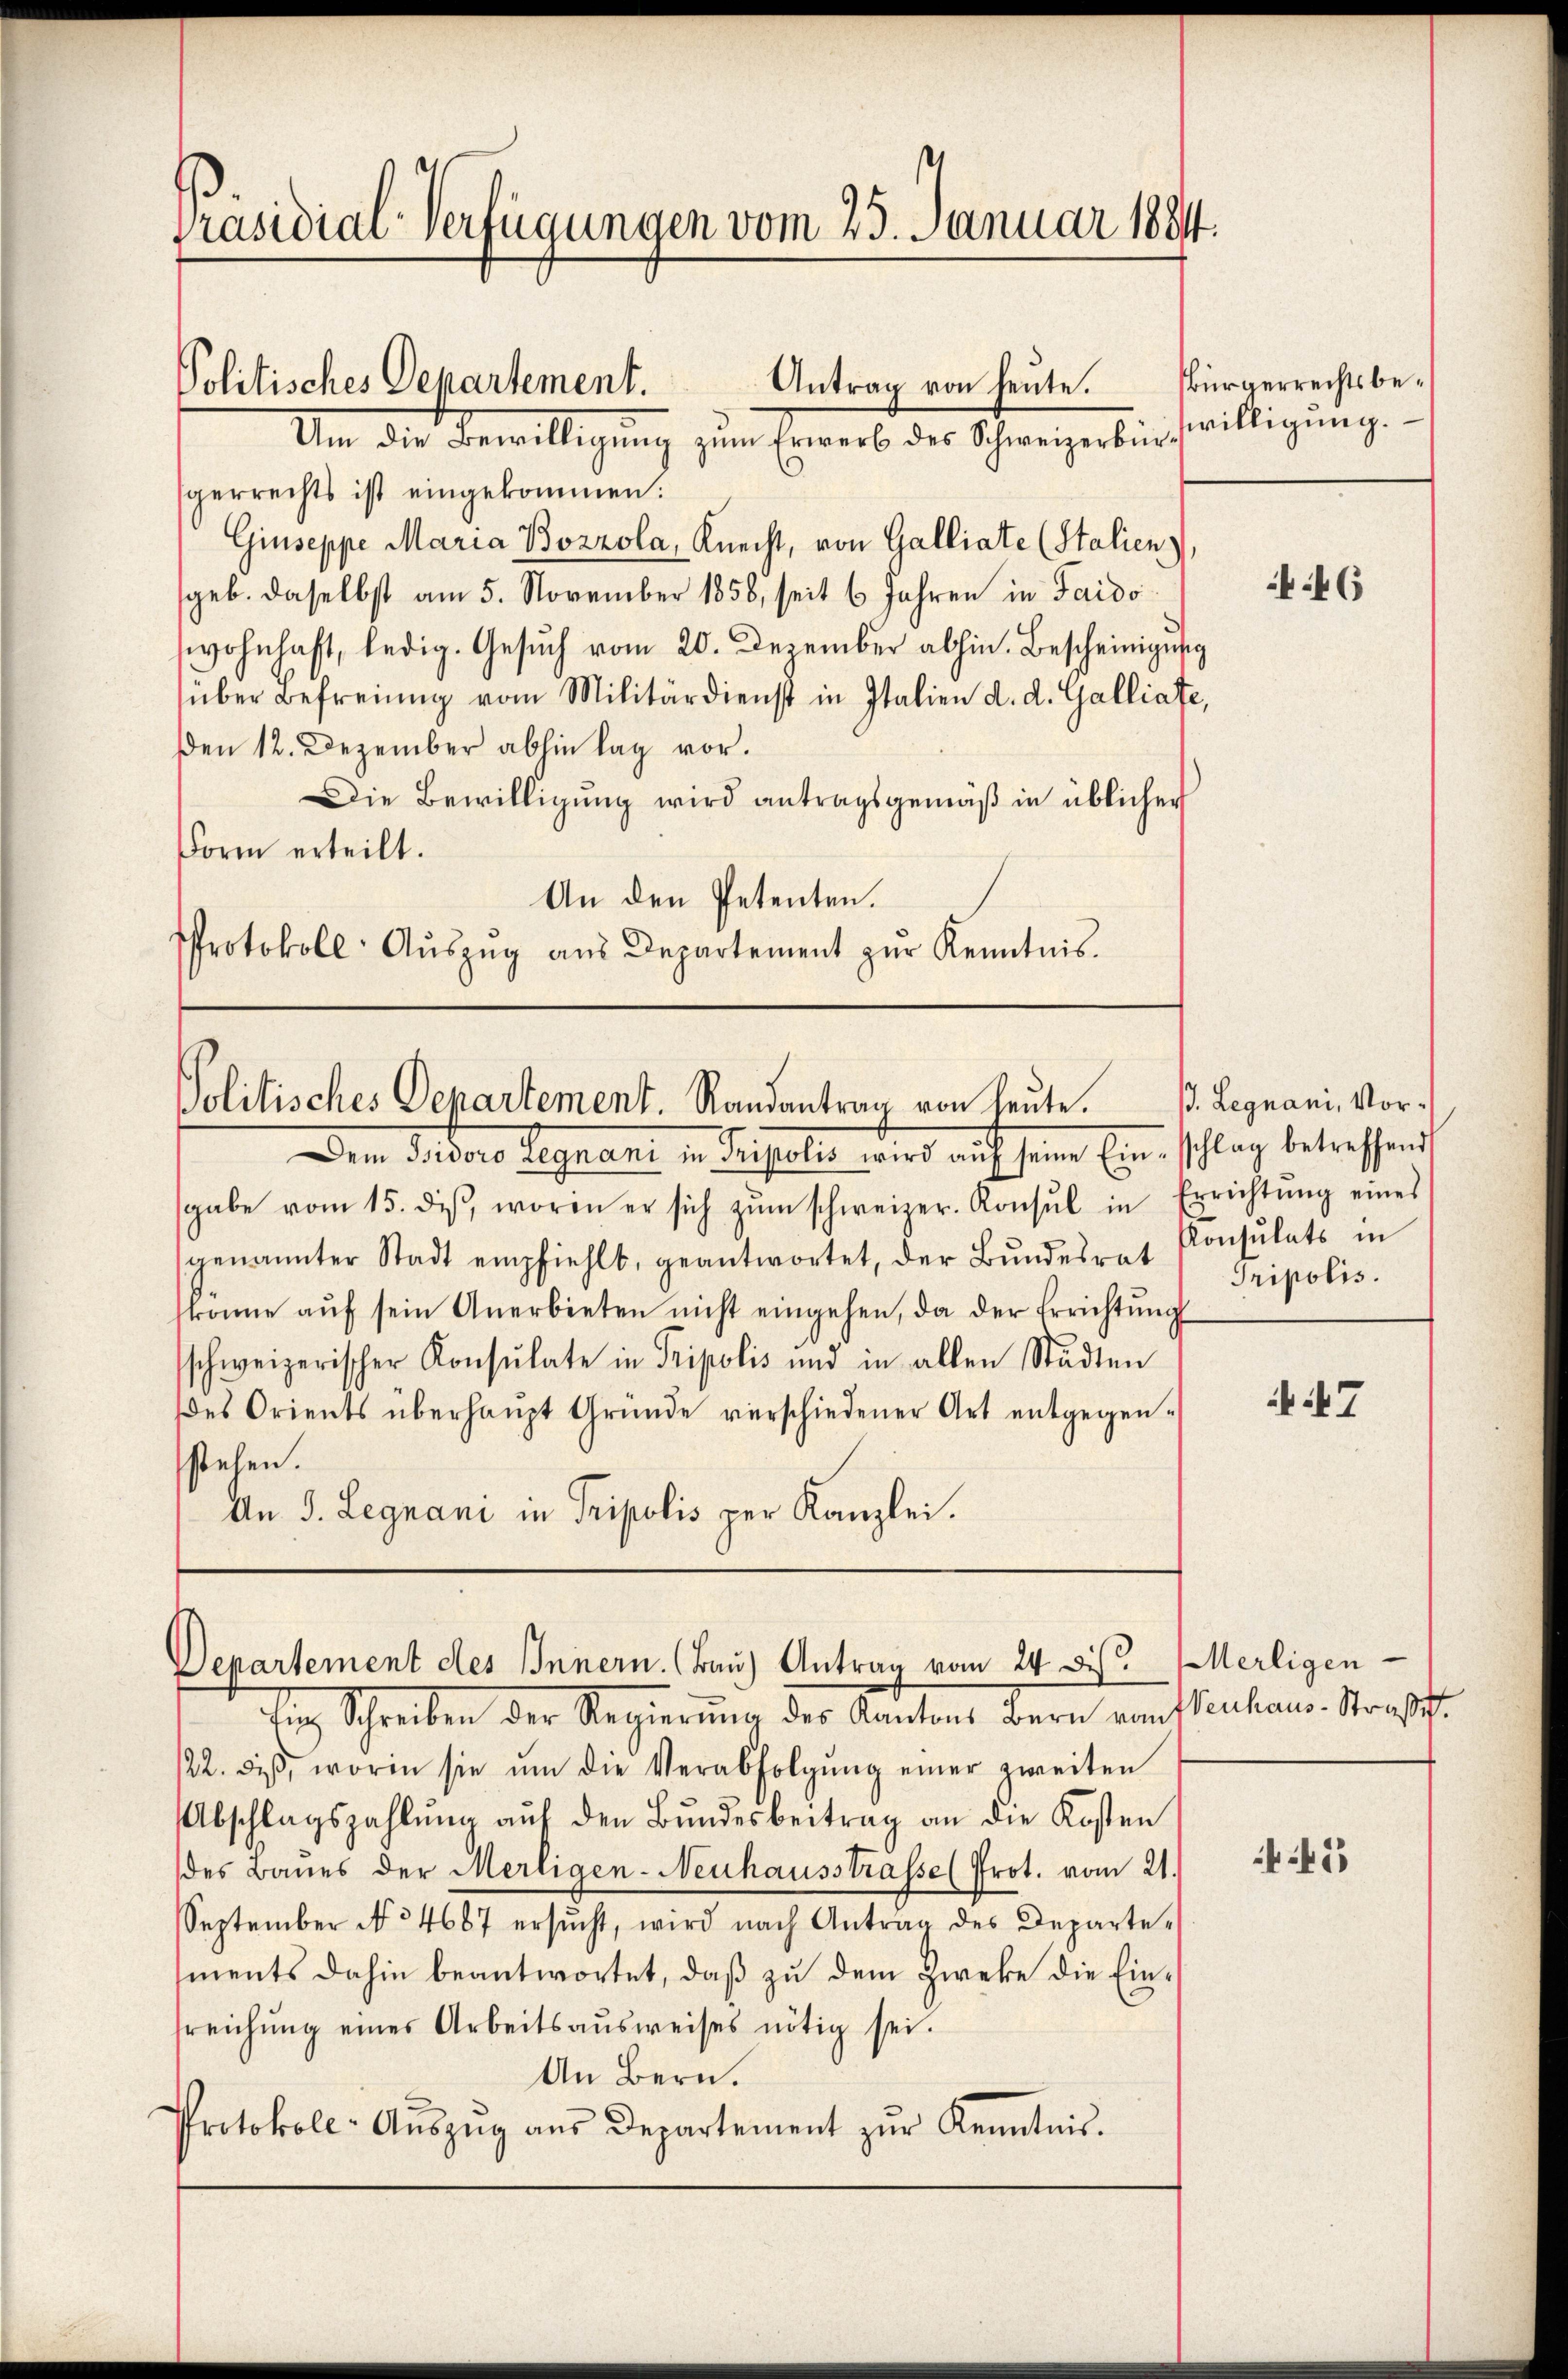
Präsidial-Verfügungen vom 25. Januar 18844.

Politisches Departement.
Antrag von heute.

Um die Bewilligŭng zum Erwerb des Schweizerbürswilligŭng.
gerrechts ist eingekommen.
Giuseppe Maria Bozzola, Knecht, von Galliate (Stalien
geb. daselbst am 5. November 1858, seit 6 Jahren in Faido
wohnhaft, ledig. Gesŭch vom 20. Dezember abhin. Bescheinigung
über Befreiung vom Militärdienst in Italien d. d. Galliate,
Den 12. Dezember abhin lag vor.
Die Bewilligung wird antragsgemäß in üblicher
Form erteilt.
An den Petenten.
Protokoll- Aŭszŭg aŭs Departement zŭr Kenntnis.

Politisches Departement. Randantrag von heute.
Dem Fridoro Begnani in Pristolis wird auf seine Einschlag betreffend

Departement des Innern. (Bau) Antrag vom 24. ds.
tin Schreiben der Regierŭng des Kantons Bern von Neuhaus. Straff

sgabe vom 15. diβ, worin er sich zŭm schweizer. Konsul in Errichtŭng eines
genannter Stadt empfiehlt, geantwortet, der Bundesrat
kome aŭf sein Anerbieten nicht eingehen, da der Errichtŭng
schweizerischer Konsulate in Tripolis und in allen Städten
des Orients überhaŭpt Gründe verschiedener Art entgegenstehen.
An J. Legnani in Tripolis per Kanzlei.

/22. diβ, worin sie ŭm die Verabfolgŭng einer zweiten
Abschlagszahlŭng aŭf den Bŭndesbeitrag an die Kosten
des Baues der Merligen-Neuhausstrasse (Prot. vom 21.
September No 34687 ersŭcht, wird nach Antrag des Departe-
ments dahin beantwortet, daß zu dem Zweke die Einsreichŭng eines Arbeitsaŭsweises nötig sei.
An Bern.
Protokoll-Aŭszŭg aŭs Departement zŭr Kenntnis.

sbürgerrechtsbe¬

446

d. Legnani, Vor¬
Konsulats in
Tripolis.

47

Merligen-

5